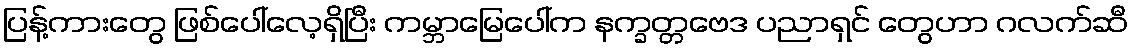
ပြန့်ကားတွေ ဖြစ်ပေါ်လေ့ရှိပြီး ကမ္ဘာမြေပေါ်က နက္ခတ္တဗေဒ ပညာရှင် တွေဟာ ဂလက်ဆီ